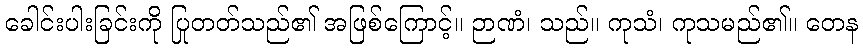
ခေါင်းပါးခြင်းကို ပြုတတ်သည်၏ အဖြစ်ကြောင့်။ ဉာဏံ၊ သည်။ ကုသံ၊ ကုသမည်၏။ တေန